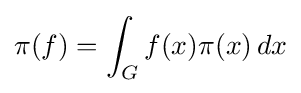
\pi (f)=\int _{G}f(x)\pi (x)\,dx